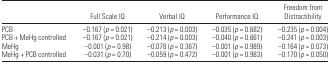
|  | Full Scale IQ | Verbal IQ | Performance IQ | Freedom from Distractibility |
 | --- | --- | --- | --- | --- |
 | PCB | −0.167 (p = 0.021) | −0.213 (p = 0.003) | −0.035 (p = 0.682) | −0.235 (p = 0.004) |
 | PCB + MeHg controlled | −0.167 (p = 0.021) | −0.214 (p = 0.003) | −0.040 (p = 0.661) | −0.241 (p = 0.003) |
 | MeHg | −0.001 (p = 0.98) | −0.078 (p = 0.367) | −0.001 (p = 0.989) | −0.164 (p = 0.073) |
 | MeHg + PCB controlled | −0.031 (p = 0.70) | −0.059 (p = 0.472) | −0.001 (p = 0.983) | −0.170 (p = 0.050) |